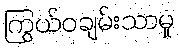
ကြွယ်ဝချမ်းသာမှု